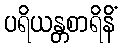
ပရိယန္တစာရိနိံ